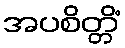
အပစိတ္တိံ